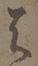
天